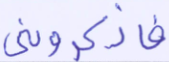
فاذكروني